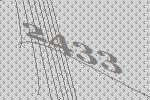
2433